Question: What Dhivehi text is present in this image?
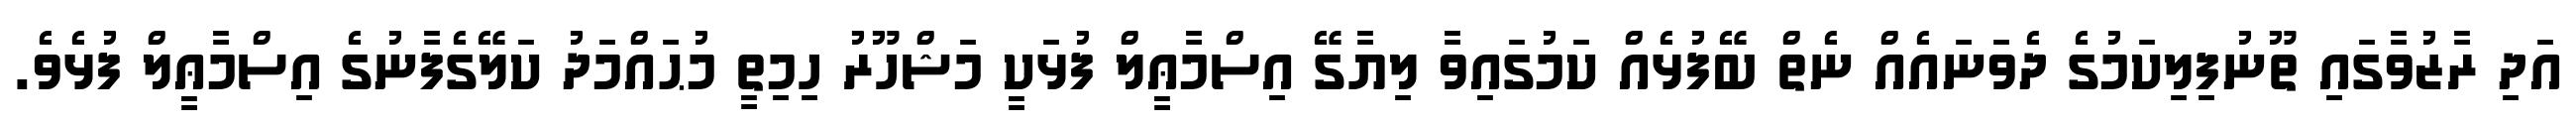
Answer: އަދި ރާޒުވާގައި ތޫނުފިލިކަމުގެ ދެވަނައެއް ނެތް ބޭފުޅެއް ކަމުގައިވާ ލިޔާގޭ އިސްމާޢީލް ފުޅަކީ މަޝްހޫރު ހިމިތީ މުޙައްމަދު ކަލޭގެފާނުގެ އިސްމާޢީލް ފުޅެވެ.